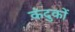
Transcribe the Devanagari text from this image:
कंदुकों